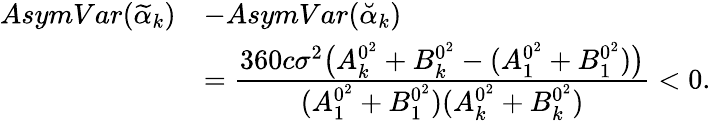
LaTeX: \begin{array}{rl}{AsymVar(\widetilde{\alpha}_{k})}&{-AsymVar(\breve{\alpha}_{k})}\\ &{=\cfrac{360c\sigma^{2}\big(A_{k}^{0^{2}}+B_{k}^{0^{2}}-(A_{1}^{0^{2}}+B_{1}^{0^{2}})\big)}{(A_{1}^{0^{2}}+B_{1}^{0^{2}})(A_{k}^{0^{2}}+B_{k}^{0^{2}})}<0.}\end{array}